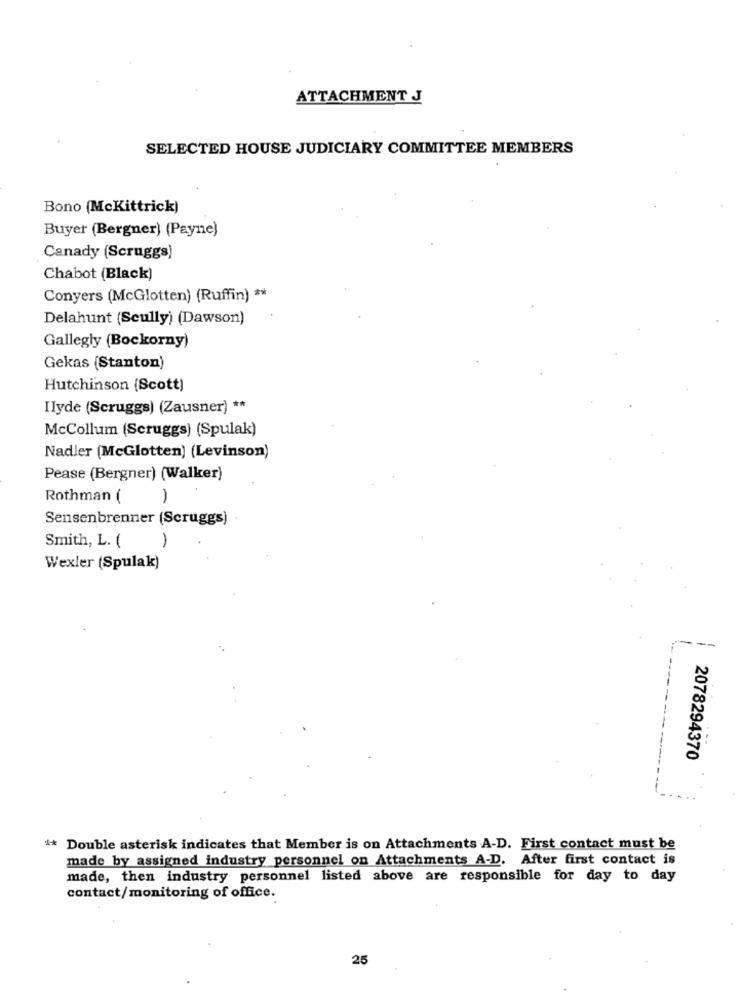
ATTACHMENT J
SELECTED HOUSE JUDICIARY COMMITTEE MEMBERS
Bono (McKittrick)
Buyer (Bergner) (Payne)
Canady (Scruggs)
Chabot (Black)
Conyers (McGlotten) (Ruffin) **
Delahunt (Scully) (Dawson)
Gallegly (Bockorny)
Gekas (Stanton)
Hutchinson (Scott)
Ilyde (Scruggs) (Zausner) **
McCollum (Scruggs) (Spulak)
Nadler (McGlotten) (Levinson)
Pease (Bergner) (Walker)
Rothman (
1
Sensenbrenner (Scruggs)
Smith, L. (
1
Wexler (Spulak)
2078294370
* Double asterisk indicates that Member is on Attachments A-D. First contact must be
made by assigned industry personnel on Attachments A-D. After first contact is
made, then industry personnel listed above are responsible for day to day
contact/monitoring of office.
25